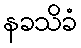
နခသိခံ